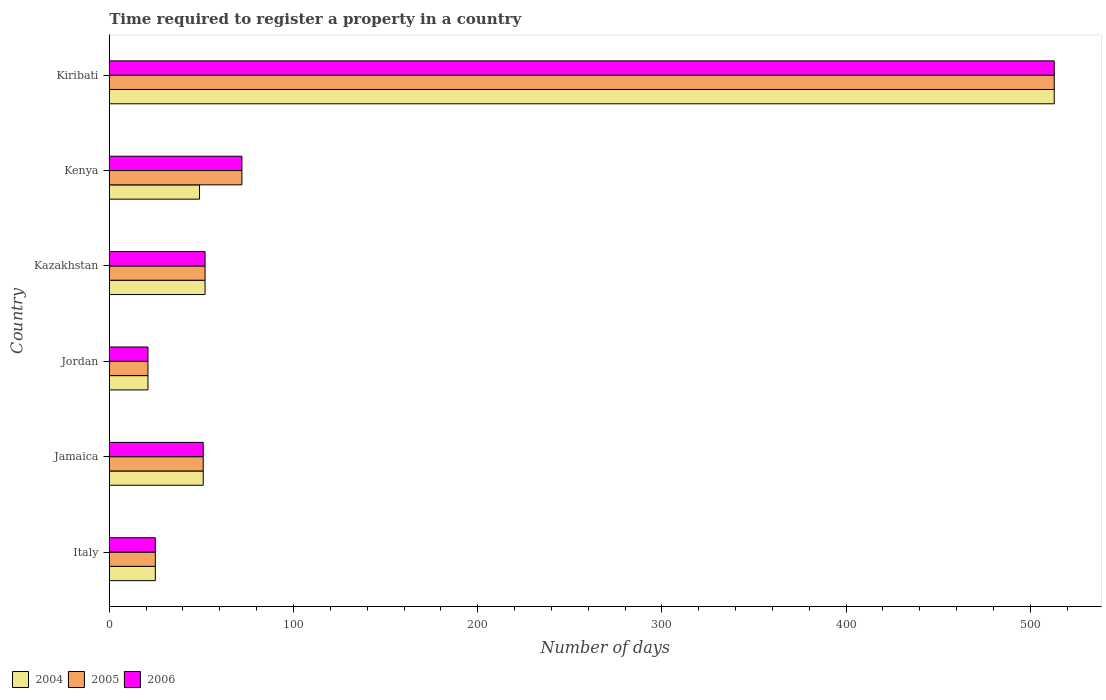
| Country | 2004 | 2005 | 2006 |
 | --- | --- | --- | --- |
 | Italy | 25 | 25 | 25 |
 | Jamaica | 51 | 51 | 51 |
 | Jordan | 21 | 21 | 21 |
 | Kazakhstan | 52 | 52 | 52 |
 | Kenya | 49 | 72 | 72 |
 | Kiribati | 513 | 513 | 513 |